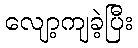
လျော့ကျခဲ့ပြီး